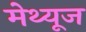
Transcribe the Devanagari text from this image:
मेथ्यूज